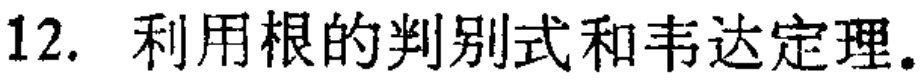
12. 利用根的判别式和韦达定理.